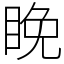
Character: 睌